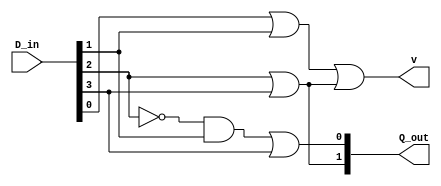
`timescale 1ns / 1ps

module pEncoder4x2( output [1:0] Q_out,
						  output v,
						  input [3:0] D_in );
						  

	wire x;
	
	and a(x, ~D_in[2], D_in[1]);
	or b(Q_out[0], x, D_in[3]);
	
	or c(Q_out[1], D_in[2], D_in[3]);
	
	or d(v, D_in[0], D_in[1], Q_out[1]);


endmodule